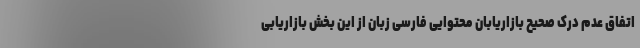
اتفاق عدم درک صحیح بازاریابان محتوایی فارسی زبان از این بخش بازاریابی